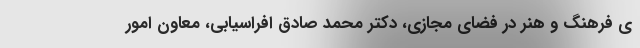
ی فرهنگ و هنر در فضای مجازی، دکتر محمد صادق افراسیابی، معاون امور